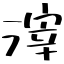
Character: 滓